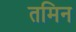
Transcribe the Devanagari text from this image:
तमिन